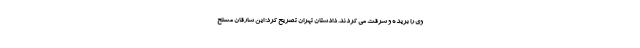
وی را بریده و سرقت می کردند. دادستان تهران تصریح کرد: این سارقان مسلح